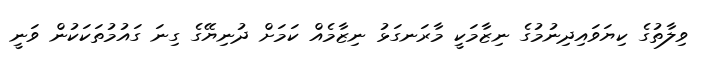
ވިލާތުގެ ކިޔަވައިދިނުމުގެ ނިޒާމަކީ މާރަނގަޅު ނިޒާމެއް ކަމަށް ދުނިޔޭގެ ގިނަ ގައުމުތަކަކުން ވަނީ